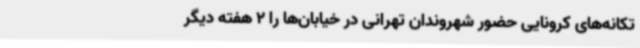
تکانه‌های کرونایی حضور شهروندان تهرانی در خیابان‌ها را 2 هفته دیگر